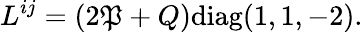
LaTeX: L^{ij}=(2\mathfrak{P}+Q)\mathrm{{diag}}(1,1,-2).